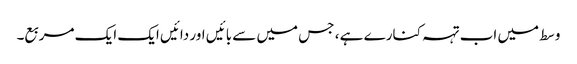
وسط میں اب تہہ کنارے ہے ، جس میں سے بائیں اور دائیں ایک ایک مربع۔